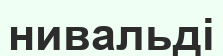
нивальді